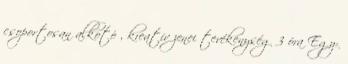
csoportosan alkotó , kreatív zenei tevékenység 3 óra Egy-